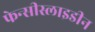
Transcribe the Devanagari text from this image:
फेन्सीस्लाइडीन